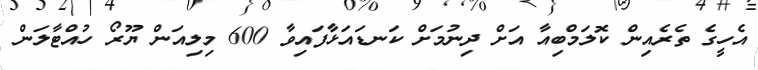
އެހީގެ ތެރެއިން ކޮލަމްބިއާ އަށް ދިނުމަށް ކަނޑައަޅާފައިވާ 600 މިލިއަން ޔޫރޯ ހުއްޓާލަން